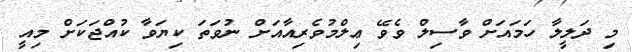
މި ދަލީލާ ހަމައަށް ވާސިލް ވެވޭ ޢިލްމުވެރިއާއަށް ނުވަތަ ކިޔަވާ ކުއްޖަކަށް މިއީ